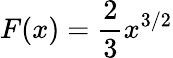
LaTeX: F(x)={\frac{2}{3}}x^{3/2}